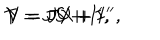
T = J S + I ^ { \prime } , \hspace { 3 m m } V = J U + I , \hspace { 3 m m } Y = J X + I ^ { \prime \prime } ,